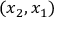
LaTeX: ( x _ { 2 } , x _ { 1 } )